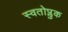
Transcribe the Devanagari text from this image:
स्वतोप्लुक